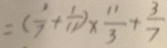
= ( \frac { 1 } { 7 } + \frac { 1 } { 1 1 } ) \times \frac { 1 1 } { 3 } + \frac { 3 } { 7 }